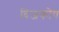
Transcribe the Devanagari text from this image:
विजकोष